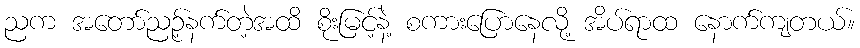
ညက အတော်ညဉ့်နက်တဲ့အထိ စိုးမြင့်နဲ့ စကားပြောနေလို့ အိပ်ရာထ နောက်ကျတယ်။